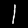
Digit: 1